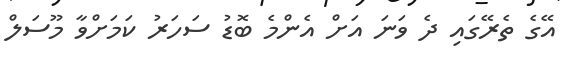
އޭގެ ތެރޭގައި ދެ ވަނަ އަށް އެންމެ ބޮޑު ސަހަރު ކަމަށްވާ މޫސަލް